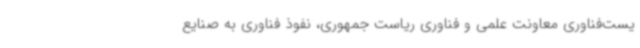
یست‌فناوری معاونت علمی و فناوری ریاست جمهوری، نفوذ فناوری به صنایع